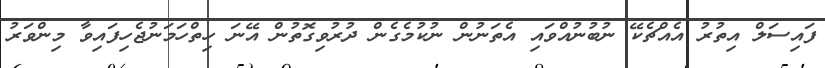
ފައިސަލް އިތުރު އެއްޗެކޭ ނުބުނުއްވައި އެތަނުން ނުކުމެގެން ދުރުވިގޮތުން އޭނަ ހިތްހަމަނުޖެހިފައިވާ މިންވަރު